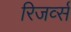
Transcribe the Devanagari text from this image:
रिजर्व्स